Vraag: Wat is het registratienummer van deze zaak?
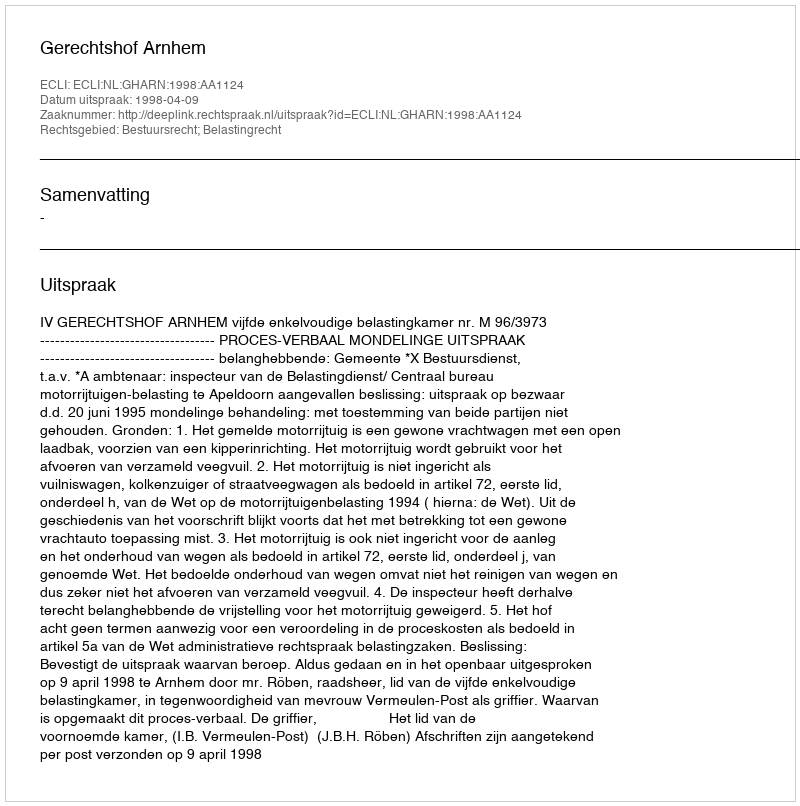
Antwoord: http://deeplink.rechtspraak.nl/uitspraak?id=ECLI:NL:GHARN:1998:AA1124